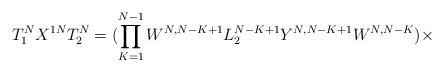
LaTeX: \begin{align*}T^{N}_1X^{1N}T^{N}_2 = (\prod_{K=1}^{N-1} W^{N,N-K+1}L^{N-K+1}_2Y^{N,N-K+1}W^{N,N-K})\times\end{align*}